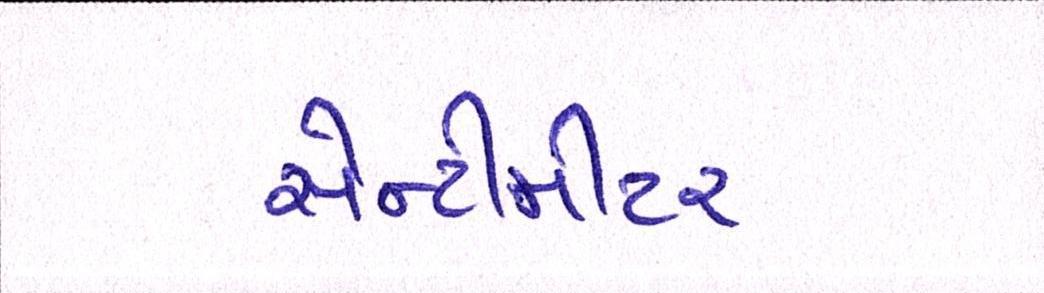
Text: સેન્ટીમીટર